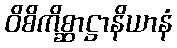
ဝိစိကိစ္ဆာဋ္ဌာနိယာနံ